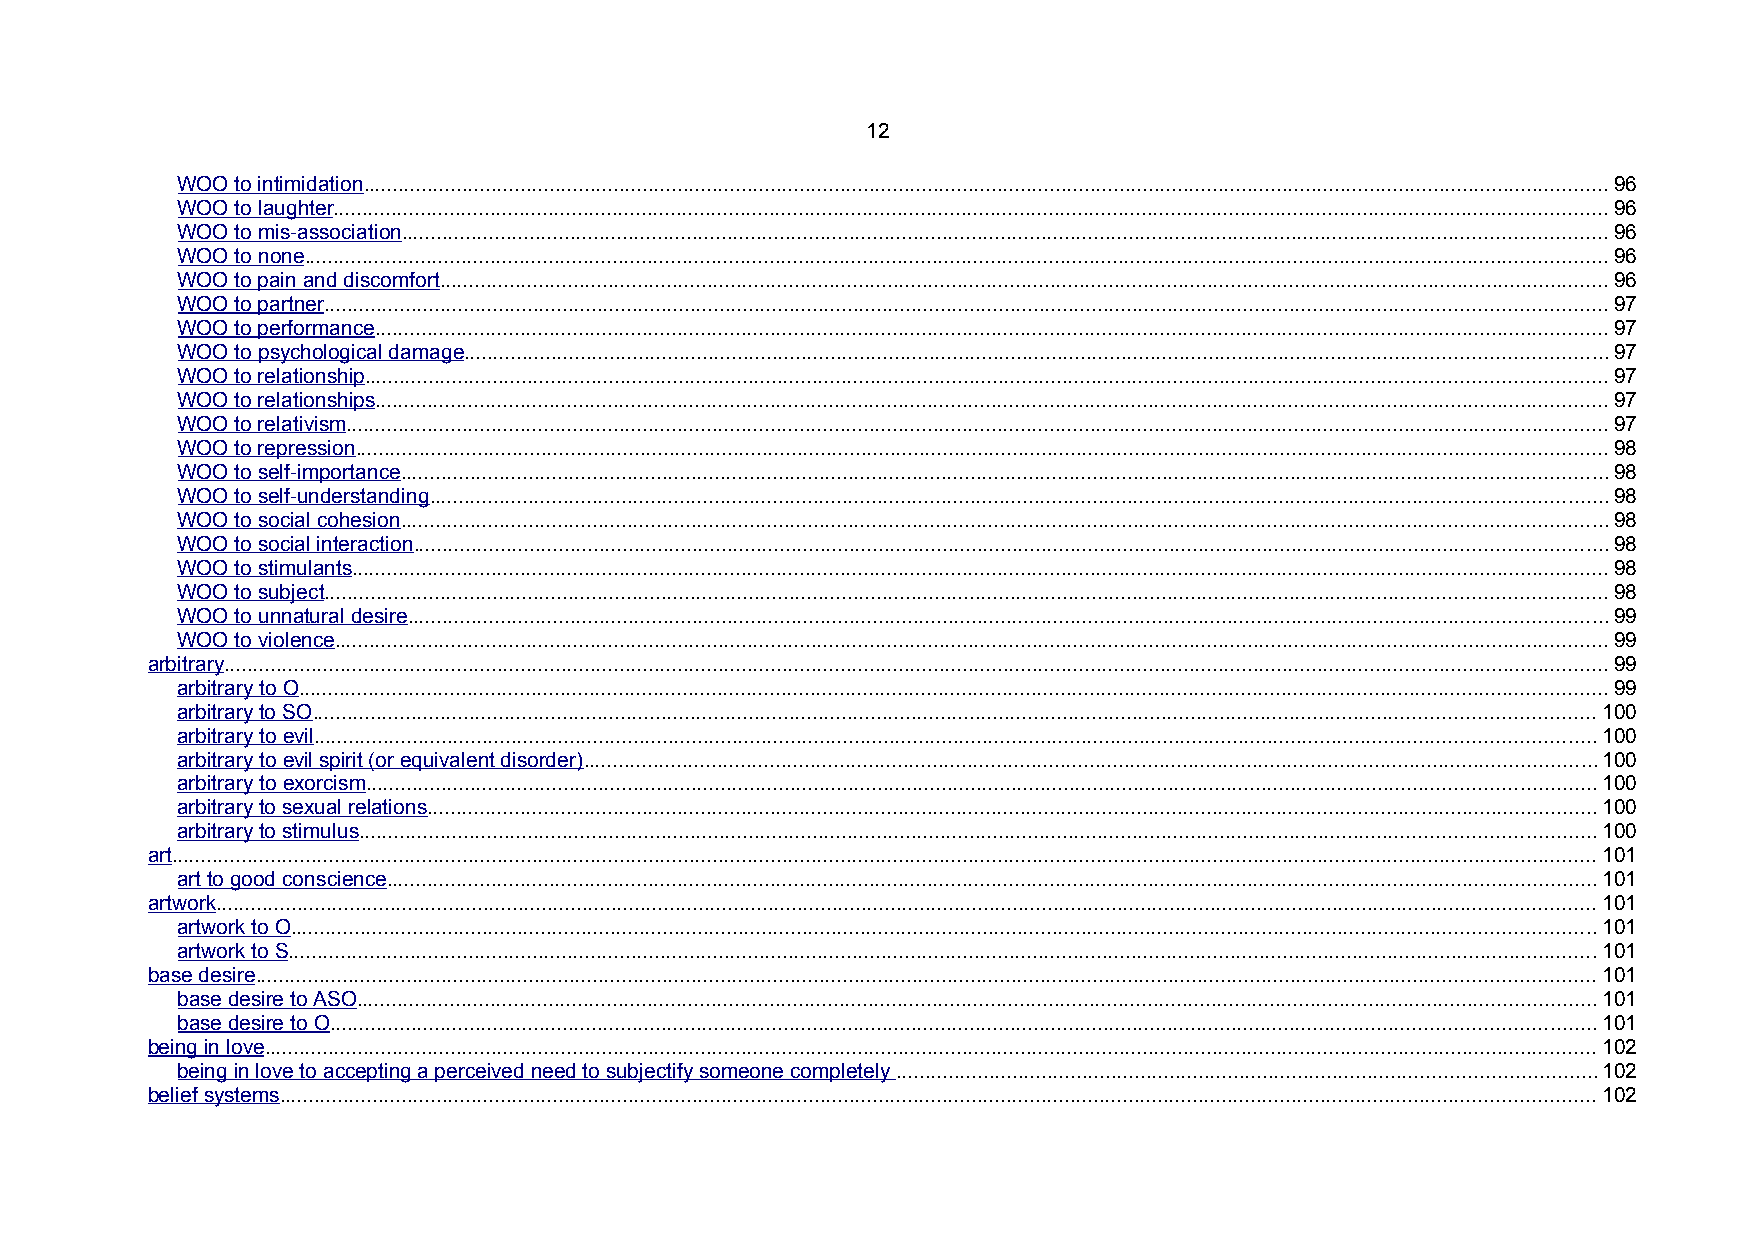
12
 WOO to intimidation......................................................................................................................................................................................................................96
 WOO to laughter...........................................................................................................................................................................................................................96
 WOO to mis-association...............................................................................................................................................................................................................96
 WOO to none................................................................................................................................................................................................................................96
 WOO to pain and discomfort.........................................................................................................................................................................................................96
 WOO to partner............................................................................................................................................................................................................................97
 WOO to performance....................................................................................................................................................................................................................97
 WOO to psychological damage....................................................................................................................................................................................................97
 WOO to relationship.....................................................................................................................................................................................................................97
 WOO to relationships....................................................................................................................................................................................................................97
 WOO to relativism.........................................................................................................................................................................................................................97
 WOO to repression.......................................................................................................................................................................................................................98
 WOO to self-importance...............................................................................................................................................................................................................98
 WOO to self-understanding..........................................................................................................................................................................................................98
 WOO to social cohesion...............................................................................................................................................................................................................98
 WOO to social interaction.............................................................................................................................................................................................................98
 WOO to stimulants........................................................................................................................................................................................................................98
 WOO to subject............................................................................................................................................................................................................................98
 WOO to unnatural desire..............................................................................................................................................................................................................99
 WOO to violence...........................................................................................................................................................................................................................99
 arbitrary..............................................................................................................................................................................................................................................99
 arbitrary to O.................................................................................................................................................................................................................................99
 arbitrary to SO............................................................................................................................................................................................................................100
 arbitrary to evil............................................................................................................................................................................................................................100
 arbitrary to evil spirit (or equivalent disorder)..............................................................................................................................................................................100
 arbitrary to exorcism...................................................................................................................................................................................................................100
 arbitrary to sexual relations.........................................................................................................................................................................................................100
 arbitrary to stimulus....................................................................................................................................................................................................................100
 art.....................................................................................................................................................................................................................................................101
 art to good conscience................................................................................................................................................................................................................101
 artwork.............................................................................................................................................................................................................................................101
 artwork to O................................................................................................................................................................................................................................101
 artwork to S.................................................................................................................................................................................................................................101
 base desire......................................................................................................................................................................................................................................101
 base desire to ASO.....................................................................................................................................................................................................................101
 base desire to O.........................................................................................................................................................................................................................101
 being in love.....................................................................................................................................................................................................................................102
 being in love to accepting a perceived need to subjectify someone completely ........................................................................................................................102
 belief systems..................................................................................................................................................................................................................................102